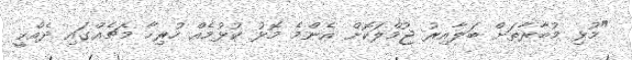
"މުޅި މުބާރާތަށް ބަލާއިރު ޖުމްލަކޮށް އެންމެ މޮޅު ކުޅުމެއް ހުރިހާ މެޗެއްގައި ދެއްކީ